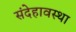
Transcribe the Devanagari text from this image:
संदेहावस्था